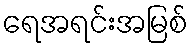
ရေအရင်းအမြစ်